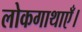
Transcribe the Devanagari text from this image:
लोकगाथाएँ।